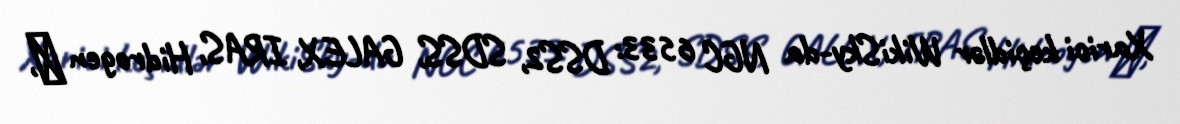
Xarici keçidlər WikiSky-da NGC 6533: DSS2, SDSS, GALEX, IRAS, Hidrogen α,